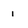
Character: 1